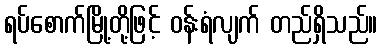
ရပ်စောက်မြို့တို့ဖြင့် ဝန်းရံလျက် တည်ရှိသည်။